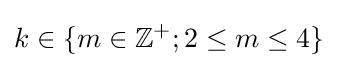
k\in \{m\in \mathbb {Z} ^{+};2\leq m\leq 4\}